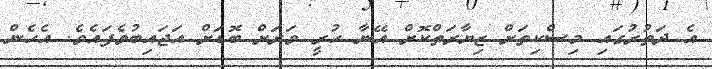
އެ ދަތުރުގައި މިސްކިތަށް ޒިޔާރަތްކޮށް އޭނާ ހުރީ ވަރަށް ބޮޑަށް އަޖައިބުވެފައެވެ. އެހެން